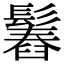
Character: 𩮱